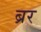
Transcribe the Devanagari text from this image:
ब्रर